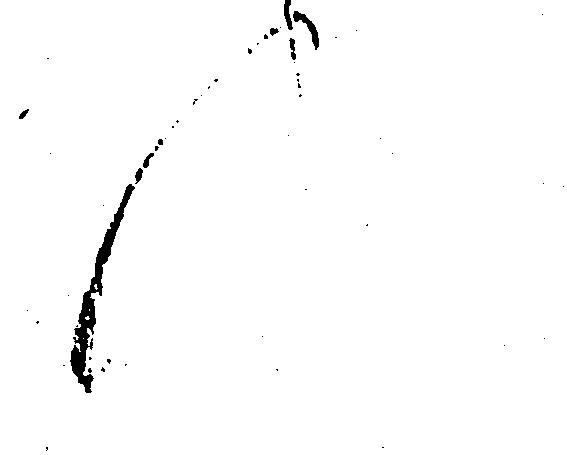
候